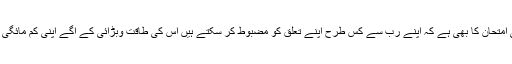
یہ وقت ہمارے دینی امتحان کا بھی ہے کہ اپنے رب سے کس طرح اپنے تعلق کو مضبوط کر سکتے ہیں اس کی طاقت وبڑائی کے ٓاگے اپنی کم مائگی کو جان سکتے ہیں ۔